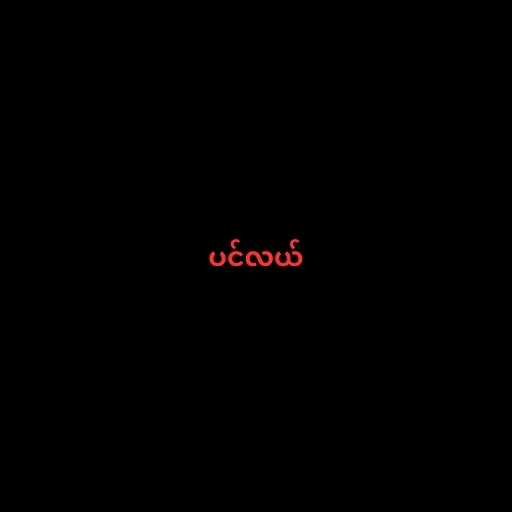
ပင်လယ်